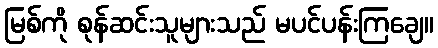
မြစ်ကို စုန်ဆင်းသူများသည် မပင်ပန်းကြချေ။